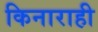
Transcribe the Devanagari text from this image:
किनाराही